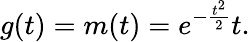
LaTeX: g(t)=m(t)=e^{-\frac{t^{2}}{2}}t.